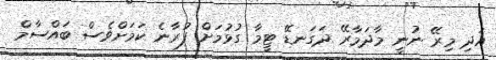
އަދި މިރޭ ނުނީ މާދަމާރޭ ދަގަނޑޭ ޓީމާ ގުޅުމަށް ފުރާނެ ކަމަށްވެސް ބައްސާމް